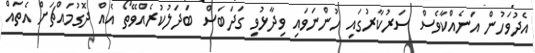
އެދުވަހުން އަނެއްކާވެސް ސަރުކާރުގައި ހުންނަވައި ވިދާޅުވި ގަދަބަސް ބަދަލުކުރެއްވޭތޯ އެއް ދޮގުމައްޗަށް އެތައް